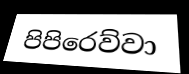
පිපිරෙව්වා